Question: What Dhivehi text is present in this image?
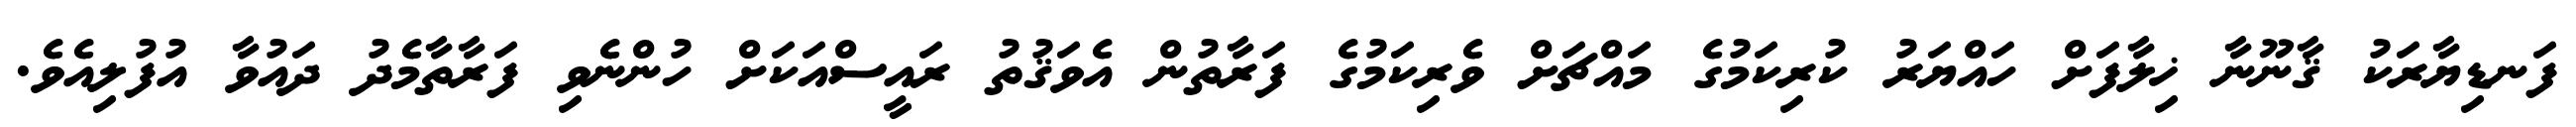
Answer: ފަނޑިޔާރަކު ޤާނޫނާ ޚިލާފަށް ހައްޔަރު ކުރިކަމުގެ މައްޗަށް ވެރިކަމުގެ ފަރާތުން އެވަޤުތު ރައީސްއަކަށް ހުންނެވި ފަރާތާމެދު ދައުވާ އުފުލިއެވެ.